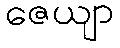
ဇေယျာ